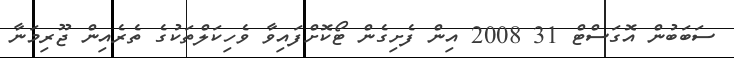
ސަބަބުން އޮގަސްޓް 31 2008 އިން ފެށިގެން ޓޯކޮށްފައިވާ ވެހިކަލްތަކުގެ ތެރެއިން ޖޫރިމަނާ